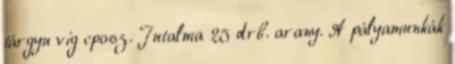
tárgyu vig eposz. Jutalma 25 drb. arany. A pályamunkák